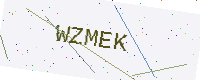
Text: WZMEK